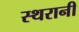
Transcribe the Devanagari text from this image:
स्थरानी